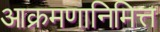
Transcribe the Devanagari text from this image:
आक्रमणानिमित्त